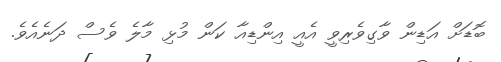
ބޮޑަށް އަޑިން ވާގިވެރިވީ އެއީ އިންޑިއާ ކަން މުޅި މާލެ ވެސް ދަނެއެވެ.